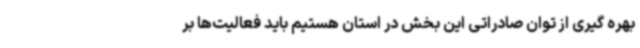
بهره گیری از توان صادراتی این بخش در استان هستیم باید فعالیت‌ها بر